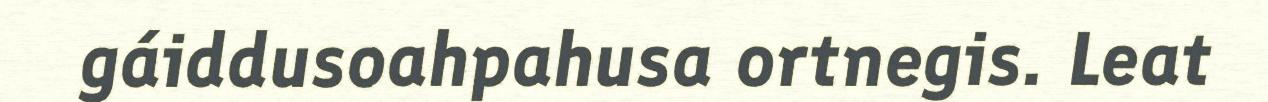
gáiddusoahpahusa ortnegis. Leat